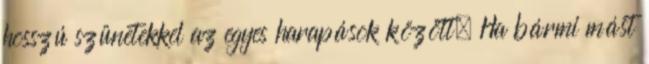
hosszú szünetekkel az egyes harapások között. Ha bármi mást